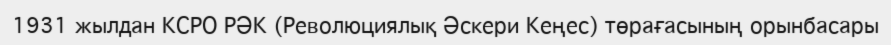
1931 жылдан КСРО РӘК (Революциялық Әскери Кеңес) төрағасының орынбасары